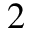
2